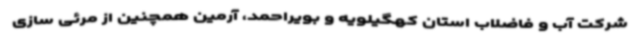
شرکت آب و فاضلاب استان کهگیلویه و بویراحمد، آرمین همچنین از مرئی سازی